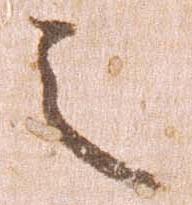
之